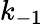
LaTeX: k_{-1}